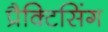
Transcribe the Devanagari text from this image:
प्रैक्टिसिंग